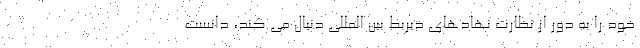
خود را به دور از نظارت نهادهای ذیربط بین المللی دنبال می کند، دانست